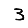
Digit: 3